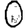
Digit: 0